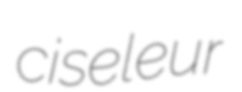
ciseleur